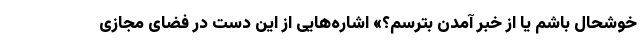
خوشحال باشم یا از خبر آمدن بترسم؟» اشاره‌هایی از این دست در فضای مجازی